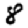
Digit: 8